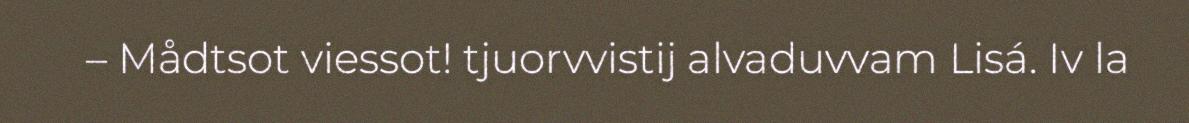
– Mådtsot viessot! tjuorvvistij alvaduvvam Lisá. Iv la